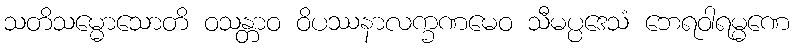
သတိသမ္မောသောတိ ဝသန္တာဝ ဝိပဿနာလက္ခဏမေဝ သီမပ္ပဒေသံ ဘေရဝါရမ္မဏေ